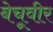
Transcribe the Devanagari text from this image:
बेचूवीर